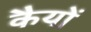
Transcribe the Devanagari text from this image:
कैयों